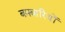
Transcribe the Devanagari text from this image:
बमबारियों